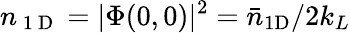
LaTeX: n_{\mathrm{~1~D~}}=|\Phi(0,0)|^{2}={\bar{n}}_{\mathrm{1D}}/2k_{L}